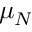
\mu _ { N }